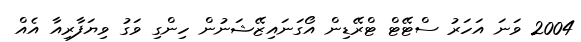
2004 ވަނަ އަހަރު ސްޓޭޓް ޓްރޭޑިން އޯގަނައިޒޭޝަނުން ހިންގި ވަގު ވިޔަފާރިއާ އެއް